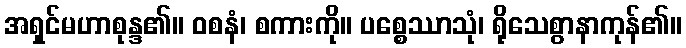
အရှင်မဟာစုန္ဒ၏။ ဝစနံ၊ စကားကို။ ပစ္စေဿာသုံ၊ ရိုသေစွာနာကုန်၏။